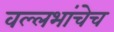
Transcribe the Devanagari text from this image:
वल्लभांचेच